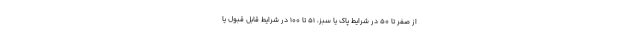
از صفر تا ۵۰ در شرایط پاک یا سبز، ۵۱ تا ۱۰۰ در شرایط قابل قبول یا